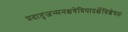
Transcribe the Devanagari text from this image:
प्रदातृजन्मनक्षत्रेत्रिपादर्क्षेविशेषतः